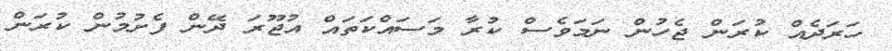
ހަރަދެއް ކުރަން ޖެހުން ނަމަވެސް ކުރާ މަސައްކަތައް އުޖޫރަ ދޭން ފެށުމުން ކުރަން